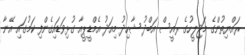
ރައްޔިތުންގެ މަޖިލީހުގެ ރައީސް އަބްދު ޝާހިދު މިއަދު އެމްޑީޕީއާ ގުޅިވަޑައިގެންފި ކަމުގައި އޭނާ